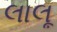
લાલૂ